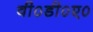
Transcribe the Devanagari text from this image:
वी०डी०ए०